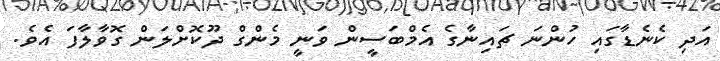
އަދި ކެނެޑާގައި ހުންނަ ޗައިނާގެ އެމްބަސީން ވަނީ މެންގް ދޫކޮށްލަން ގޮވާލާފަ އެވެ.